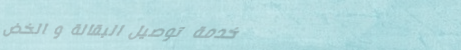
خدمة توصيل البقالة و الخض